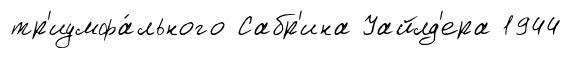
тр'иумфа́льного Сабр'ина Уайлд'ера 1944